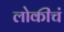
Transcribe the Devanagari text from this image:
लोकीचं